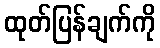
ထုတ်ပြန်ချက်ကို